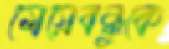
মেয়েবন্ধুকে